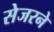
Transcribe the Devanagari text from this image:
सेजरने